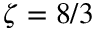
\zeta = 8 / 3